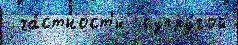
 ча́стност'и  супру́гой